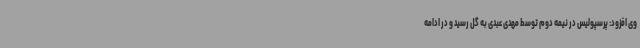
وی افزود: پرسپولیس در نیمه دوم توسط مهدی عبدی به گل رسید و در ادامه